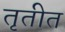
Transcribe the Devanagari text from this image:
तृतीत